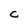
Character: C